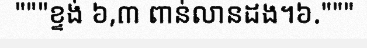
"""ខ្ទង់ ៦,៣ ពាន់លានដង។៦."""